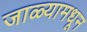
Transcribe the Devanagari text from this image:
जाळ्यामधून